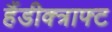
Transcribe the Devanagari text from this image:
हैंडीक्त्राफ्ट